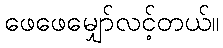
ဖေဖေမျှော်လင့်တယ်။